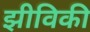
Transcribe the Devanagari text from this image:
झीविकी